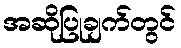
အဆိုပြုချက်တွင်